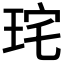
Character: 𭹋